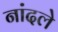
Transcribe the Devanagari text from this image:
नांदले